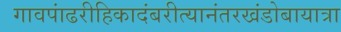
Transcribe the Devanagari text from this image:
गावपांढरीहिकादंबरीत्यानंतरखंडोबायात्रा